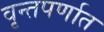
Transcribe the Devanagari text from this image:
वृन्तपर्णात